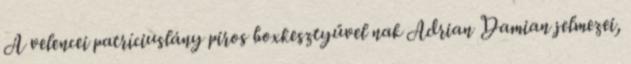
A velencei patríciuslány piros boxkesztyűvel nak Adrian Damian jelmezei,